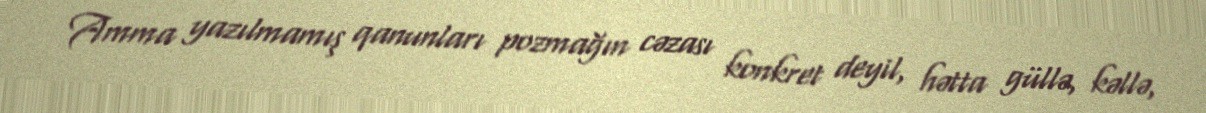
Amma yazılmamış qanunları pozmağın cəzası konkret deyil, hətta güllə, kəllə,